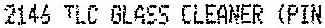
2146 TLC GLASS CLEANER (PIN